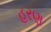
હરણ